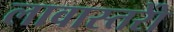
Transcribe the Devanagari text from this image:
लावास्तरोें